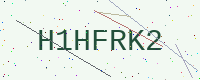
Text: H1HFRK2